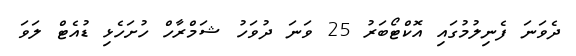
ދެވަނަ ފެނިލުމުގައި އޮކްޓޯބަރު 25 ވަނަ ދުވަހު ޝަމްރާހް ހުށަހެޅި ޑުއެޓް ލަވަ